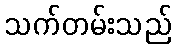
သက်တမ်းသည်